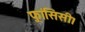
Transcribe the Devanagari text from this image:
फ़्रांसिसी।